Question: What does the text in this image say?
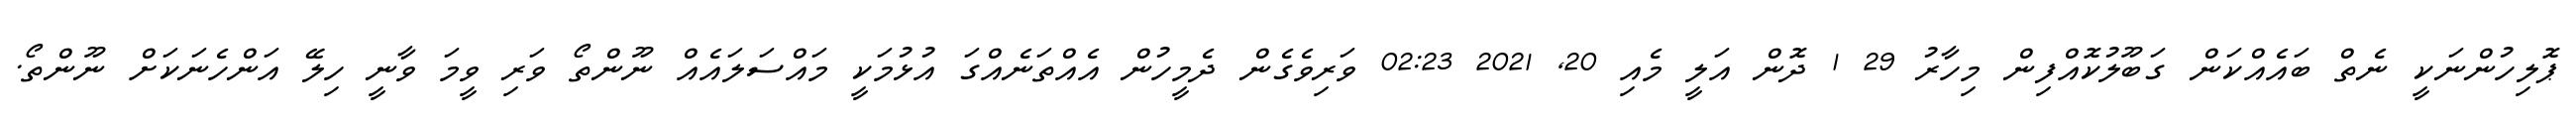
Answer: ޕޮލިހުންނަކީ ނެތް ބައެއްކަން ގަބޫލުކޮއްފިން މިހާރު 29 1 ދޮން އަލީ މެއި 20, 2021 02:23 ވަރިވެގެން ދެމީހުން އެއްތަނެއްގަ އުޅުމަކީ މައްސަލައެއް ނޫންތޯ ވަރި ވީމަ ވާނީ ހިލޭ އަންހެނަކަށް ނޫންތޯ.